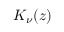
\textstyle K _ { \nu } ( z )